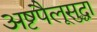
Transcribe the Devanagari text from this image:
अष्टपैलूसुद्धा